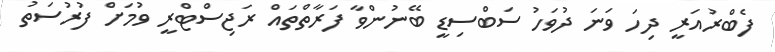
ފެބްރުއަރީ ދިހަ ވަނަ ދުވަހު ސަބްސިޑީ ބޭނުންވާ ފަރާތްތައް ރަޖިސްޓްރީ ވުމަށް ފުރުސަތު